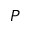
P